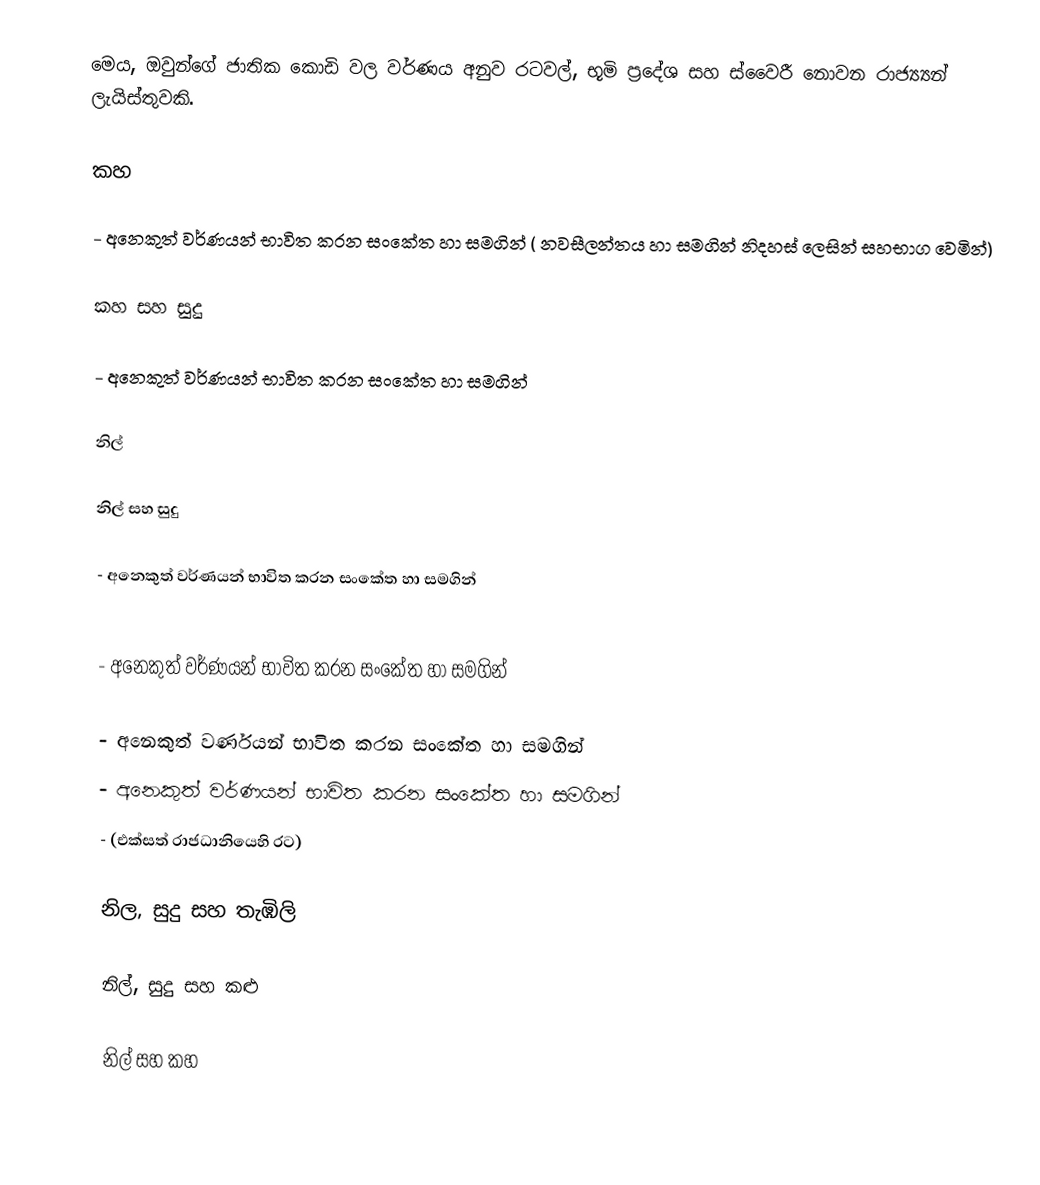
මෙය, ඔවුන්ගේ ජාතික කොඩි වල වර්ණය අනුව රටවල්, භූමි ප්‍රදේශ සහ ස්වෛරී නොවන රාජ්‍ය්‍යන් ලැයිස්තුවකි.

කහ

 - අනෙකුත් වර්ණයන් භාවිත කරන සංකේත හා සමගින් ( නවසීලන්තය හා සමගින්  නිදහස් ලෙසින් සහභාග වෙමින්)

කහ සහ සුදු

 - අනෙකුත් වර්ණයන් භාවිත කරන සංකේත හා සමගින්

නිල්

නිල් සහ සුදු

 - අනෙකුත් වර්ණයන් භාවිත කරන සංකේත හා සමගින්

 - අනෙකුත් වර්ණයන් භාවිත කරන සංකේත හා සමගින්

 - අනෙකුත් වර්ණයන් භාවිත කරන සංකේත හා සමගින්
 - අනෙකුත් වර්ණයන් භාවිත කරන සංකේත හා සමගින්
 - (එක්සත් රාජධානියෙහි රට)

නිල, සුදු සහ තැඹිලි

නිල්, සුදු සහ කළු

නිල් සහ කහ